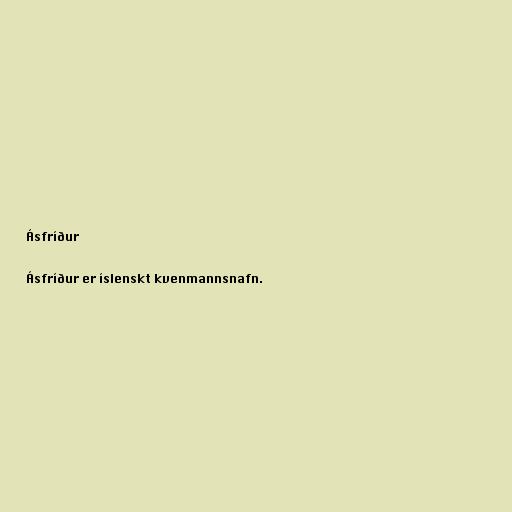
Ásfríður

Ásfríður er íslenskt kvenmannsnafn.